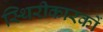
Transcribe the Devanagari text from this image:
स्थिरीकारकों